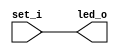
//////////////////////////////////////////////////////////////////////////////////
// Company: 
// Engineer: 
// 
// Design Name: 
// Module Name:    test 
// Project Name: 
// Target Devices: 
// Tool versions: 
// Description: 
//
// Dependencies: 
//
// Revision: 
// Revision 0.01 - File Created
// Additional Comments: 
//
//////////////////////////////////////////////////////////////////////////////////
module ledmod(
    set_i,
    led_o	// output led
    );

   input  [7:0] set_i;
   output [7:0] led_o;

   assign led_o = set_i;
endmodule